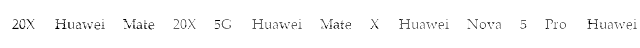
20X  Huawei Mate 20X 5G  Huawei Mate X  Huawei Nova 5 Pro  Huawei